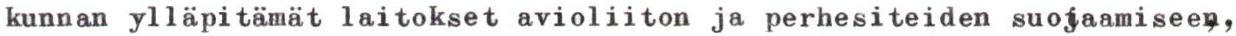
kunnan ylläpitämät laitokset avioliiton ja perhesiteiden suojaamiseen,